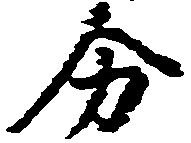
分